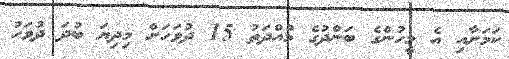
ކަމަށާއި އެ މީހުންގެ ބަންދުގެ މުއްދަތު 15 ދުވަހަށް މިދިޔަ ބުދަ ދުވަހު